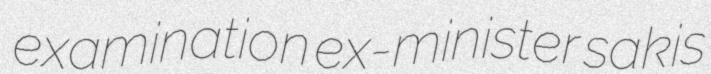
examination ex-minister sakis